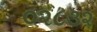
૦૨૮૩૨